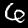
Digit: 6